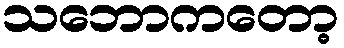
သဘောကတော့